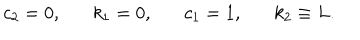
c _ { 2 } = 0 , k _ { 1 } = 0 , c _ { 1 } = 1 , k _ { 2 } \equiv L .